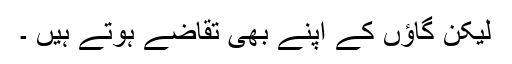
لیکن گاؤں کے اپنے بھی تقاضے ہوتے ہیں ۔